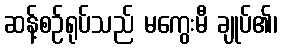
ဆန့်စဉ်ရုပ်သည် မကွေးမီ ချုပ်၏၊